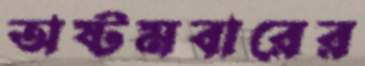
অষ্টমবারের